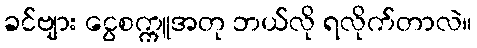
ခင်ဗျား ငွေစက္ကူအတု ဘယ်လို ရလိုက်တာလဲ။